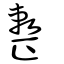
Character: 整